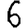
Digit: 6